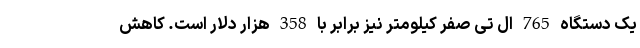
یک دستگاه 765 ال تی صفر کیلومتر نیز برابر با 358 هزار دلار است. کاهش